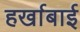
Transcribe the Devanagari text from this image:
हर्खाबाई